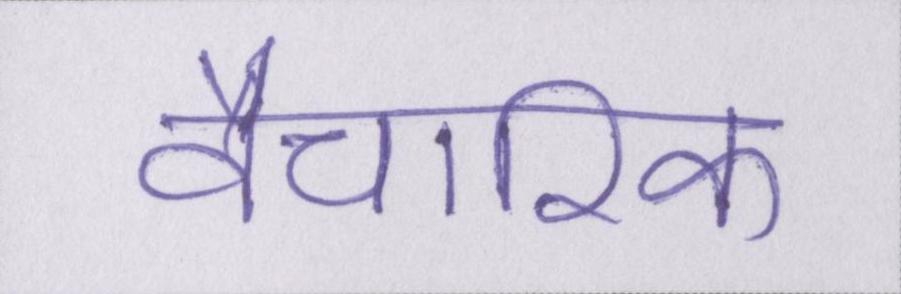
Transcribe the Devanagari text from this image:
वैचारिक